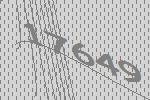
17649